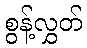
စွန့်လွှတ်